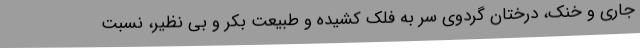
جاری و خنک، درختان گردوی سر به فلک کشیده و طبیعت بکر و بی نظیر، نسبت